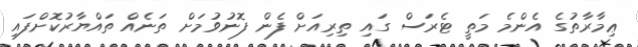
ޢިމާރާތުގެ އެންމެ މަތީ ޓެރަސް ގައި ތިރިއަށް ފެން ފޮނުވުމަށް ތަނެއް ތައްޔާރުކޮށްފައި